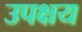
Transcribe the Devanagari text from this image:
उपक्षय